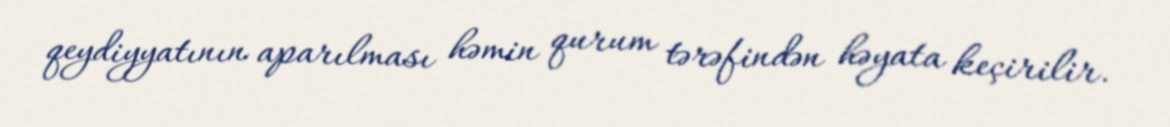
qeydiyyatının aparılması həmin qurum tərəfindən həyata keçirilir.